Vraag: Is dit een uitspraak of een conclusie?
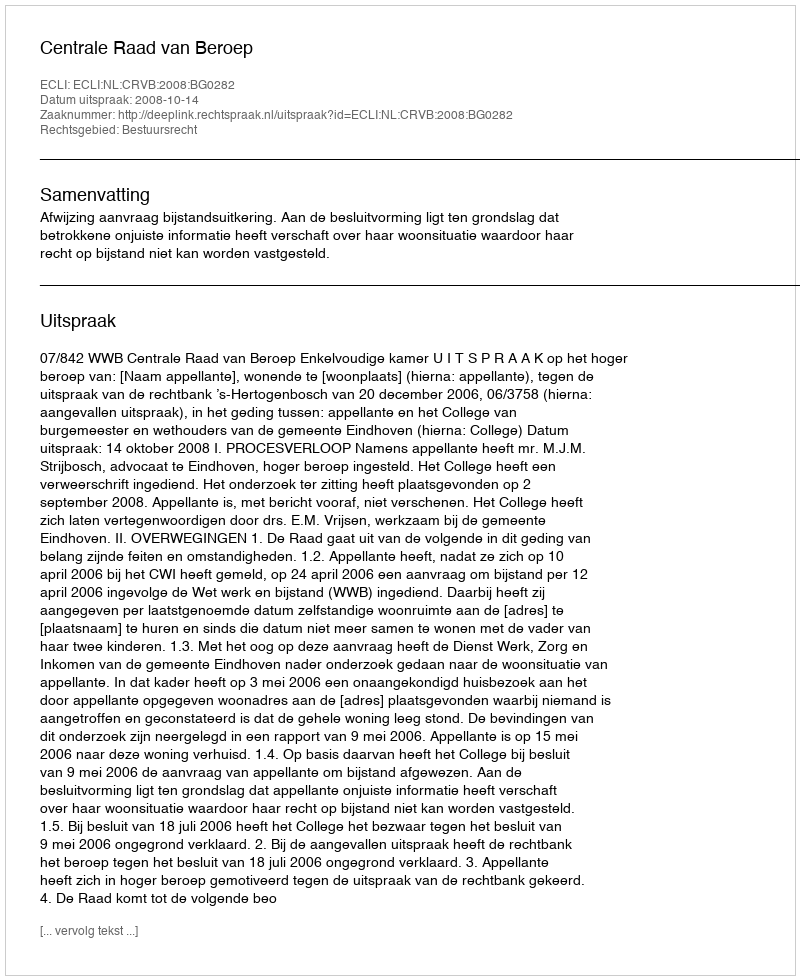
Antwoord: Uitspraak